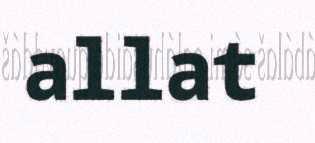
allat